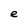
Character: e